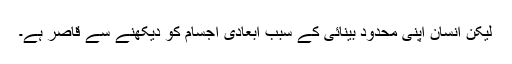
لیکن انسان اپنی محدود بینائی کے سبب ابعادی اجسام کو دیکھنے سے قاصر ہے۔